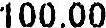
100.00